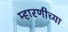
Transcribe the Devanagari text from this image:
म्हारणीच्या